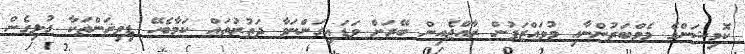
ކޮމިޝަންގެ މެމްބަރުންނާއި މުވައްޒަފުން ރާއްޖެއިން ބޭރަށް ވަޑައިގަންނަވާ ދަތުރުތައް ކަމާބެހޭ ޑިވިޜަންތަކާ ގުޅިގެން